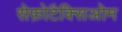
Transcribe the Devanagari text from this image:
सेफ़ोटैक्सिओम